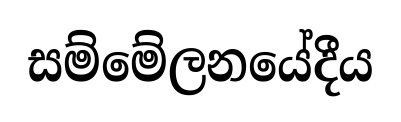
සම්මේලනයේදීය